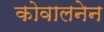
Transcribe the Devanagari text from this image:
कोवालनेन